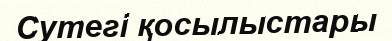
Сутегі қосылыстары